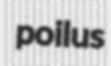
poilus